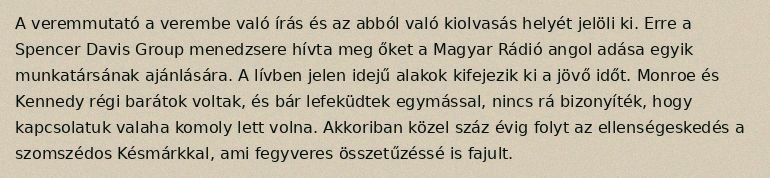
A veremmutató a verembe való írás és az abból való kiolvasás helyét jelöli ki. Erre a Spencer Davis Group menedzsere hívta meg őket a Magyar Rádió angol adása egyik munkatársának ajánlására. A lívben jelen idejű alakok kifejezik ki a jövő időt. Monroe és Kennedy régi barátok voltak, és bár lefeküdtek egymással, nincs rá bizonyíték, hogy kapcsolatuk valaha komoly lett volna. Akkoriban közel száz évig folyt az ellenségeskedés a szomszédos Késmárkkal, ami fegyveres összetűzéssé is fajult.